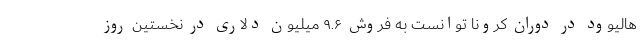
هالیوود در دوران کرونا توانست به فروش ۹.۶ میلیون دلاری در نخستین روز